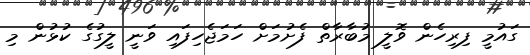
ގައުމީ ފިރިހެން ވޮލީ މުބާރާތް ފެށުމަށް ހަމަޖެހިފައި ވަނީ ލީގުގެ ކުޅުން މި